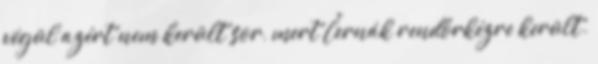
végül azért nem került sor, mert Černák rendőrkézre került.